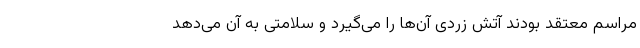
مراسم معتقد بودند آتش زردی آن‌ها را می‌گیرد و سلامتی به آن می‌دهد